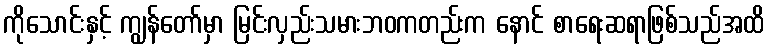
ကိုသောင်းနှင့် ကျွန်တော်မှာ မြင်းလှည်းသမားဘဝကတည်းက နောင် စာရေးဆရာဖြစ်သည်အထိ